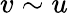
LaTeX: v\sim u